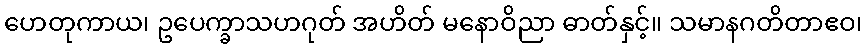
ဟေတုကာယ၊ ဥပေက္ခာသဟဂုတ် အဟိတ် မနောဝိညာ ဓာတ်နှင့်။ သမာနဂတိတာဧဝ၊